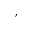
,